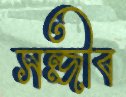
সন্জীব